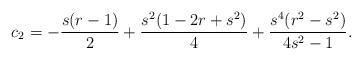
LaTeX: \begin{align*}c_2=-\frac{s(r-1)}{2}+\frac{s^2(1-2r+s^2)}{4}+\frac{s^4(r^2-s^2)}{4s^2-1}.\end{align*}